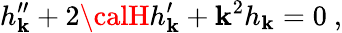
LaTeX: h_{\mathbf{k}}^{\prime\prime}+2{\calH}h_{\mathbf{k}}^{\prime}+\mathbf{k}^{2}h_{\mathbf{k}}=0\ ,